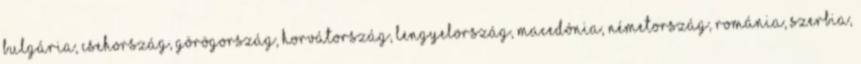
Bulgária, Csehország, Görögország, Horvátország, Lengyelország, Macedónia, Németország, Románia, Szerbia,